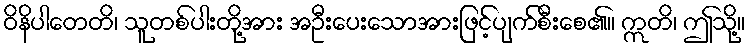
ဝိနိပါတေတိ၊ သူတစ်ပါးတို့အား အဦးပေးသောအားဖြင့်ပျက်စီးစေ၏။ ဣတိ၊ ဤသို့။